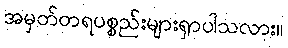
အမှတ်တရပစ္စည်းများရှာပါသလား။